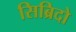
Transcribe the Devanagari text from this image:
सिब्रिदो